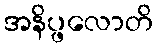
အနိပ္ဖလောတိ